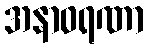
အနာဝရဏာ